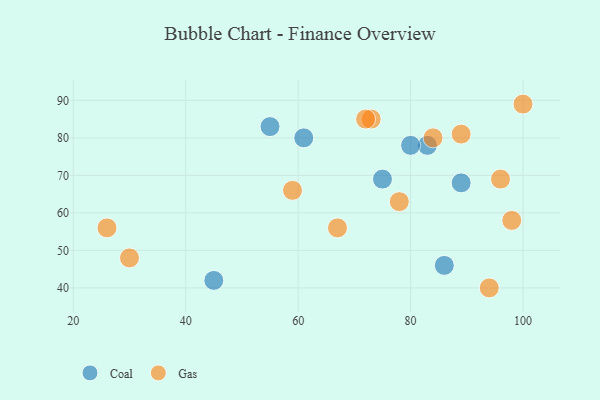
{"axis": {"x": "GDP", "y": "Life Expectancy"}, "legend": ["Coal", "Gas"], "data": [{"x": "75", "y": 69, "type": "Coal"}, {"x": "45", "y": 42, "type": "Coal"}, {"x": "86", "y": 46, "type": "Coal"}, {"x": "83", "y": 78, "type": "Coal"}, {"x": "55", "y": 83, "type": "Coal"}, {"x": "80", "y": 78, "type": "Coal"}, {"x": "61", "y": 80, "type": "Coal"}, {"x": "89", "y": 68, "type": "Coal"}, {"x": "94", "y": 40, "type": "Gas"}, {"x": "67", "y": 56, "type": "Gas"}, {"x": "100", "y": 89, "type": "Gas"}, {"x": "98", "y": 58, "type": "Gas"}, {"x": "78", "y": 63, "type": "Gas"}, {"x": "73", "y": 85, "type": "Gas"}, {"x": "30", "y": 48, "type": "Gas"}, {"x": "59", "y": 66, "type": "Gas"}, {"x": "84", "y": 80, "type": "Gas"}, {"x": "96", "y": 69, "type": "Gas"}, {"x": "89", "y": 81, "type": "Gas"}, {"x": "72", "y": 85, "type": "Gas"}, {"x": "26", "y": 56, "type": "Gas"}]}